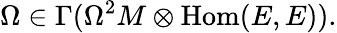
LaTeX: \Omega\in\Gamma(\Omega^{2}M\otimes{\mathrm{Hom}}(E,E)).